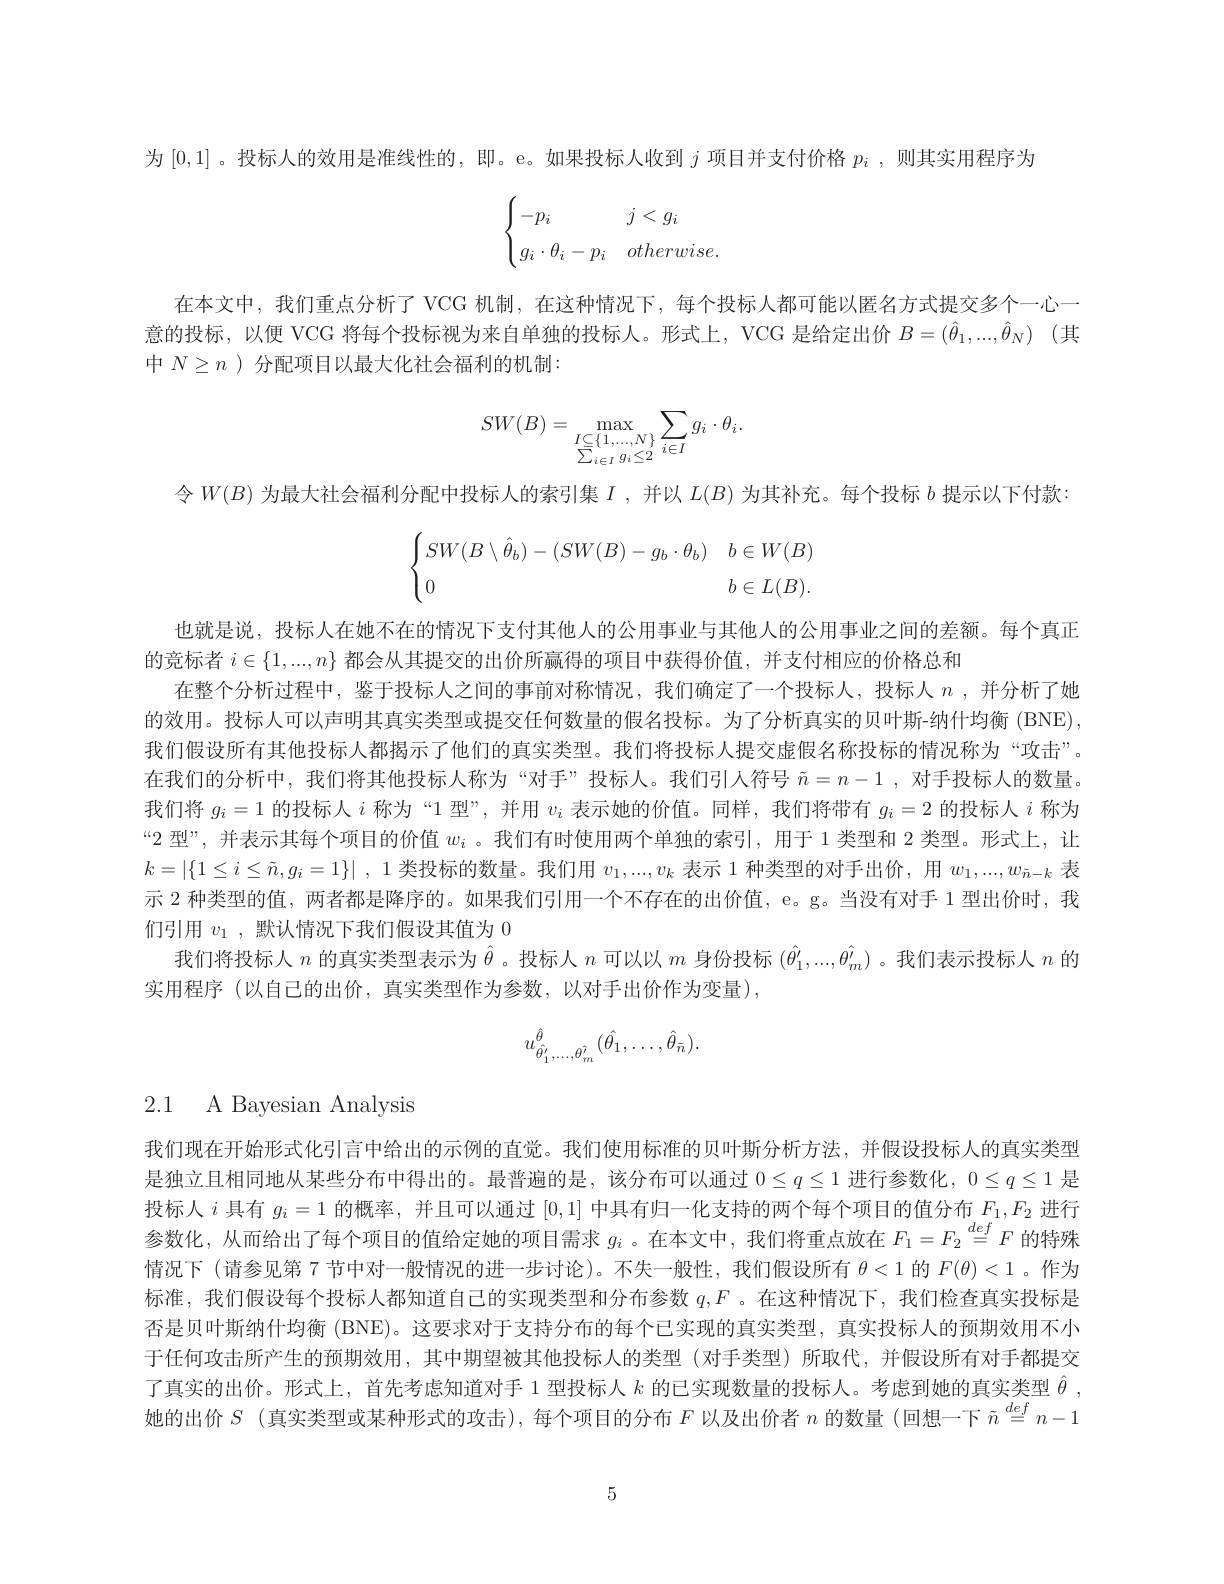
为[0,1] 。投标人的效用是准线性的，即。e。如果投标人收到$j$项目并支付价格$p_i$ , 则其实用程序为
$$\begin{cases}-p_i&j<g_i\\[2ex]g_i\cdot\theta_i-p_i&otherwise.\end{cases}$$
在本文中，我们重点分析了 VCG 机制，在这种情况下，每个投标人都可能以匿名方式提交多个一心一意的投标，以便 VCG 将每个投标视为来自单独的投标人。形式上，VCG 是给定出价 $B= ( \hat{\theta } _1, . . . , \hat{\theta } _N)$ (其中$N\geq n$ )分配项目以最大化社会福利的机制：
$$SW(B)=\max_{\substack{I\subseteq\{1,\ldots,N\}\\\sum_{i\in I}g_i\leq2}}\sum_{i\in I}g_i\cdot\theta_i.$$
令$W(B)$为最大社会福利分配中投标人的索引集$I$ ,并以$L(B)$为其补充。每个投标$b$提示以下付款
$$\begin{cases}SW(B\setminus\hat\theta_b)-(SW(B)-g_b\cdot\theta_b)&b\in W(B)\\0&b\in L(B).\end{cases}$$
也就是说，投标人在她不在的情况下支付其他人的公用事业与其他人的公用事业之间的差额。每个真正
的竞标者$i\in\{1,...,n\}$都会从其提交的出价所赢得的项目中获得价值，并支付相应的价格总和
在整个分析过程中，鉴于投标人之间的事前对称情况，我们确定了一个投标人，投标人$n$,并分析了她的效用。投标人可以声明其真实类型或提交任何数量的假名投标。为了分析真实的贝叶斯-纳什均衡 (BNE), 我们假设所有其他投标人都揭示了他们的真实类型。我们将投标人提交虚假名称投标的情况称为“攻击”。在我们的分析中，我们将其他投标人称为“对手”投标人。我们引人符号$\tilde{n} = n- 1$ , 对手投标人的数量。我们将$g_i=1$的投标人$i$称为“1 型”,并用$v_i$表示她的价值。同样，我们将带有$g_i=2$的投标人$i$称为“2 型”,并表示其每个项目的价值$w_i$ 。我们有时使用两个单独的索引，用于 1 类型和 2 类型。形式上，让$k= | \{ 1\leq i\leq \tilde{n} , g_i= 1\} |$ , 1类投标的数量。我们用$v_1,...,v_k$表示 1 种类型的对手出价，用$w_1,...,w_{\tilde{n}-k}$表示 2 种类型的值，两者都是降序的。如果我们引用一个不存在的出价值，e。g。当没有对手 1 型出价时，我们引用$v_1$ ,默认情况下我们假设其值为 0
我们将投标人$n$的真实类型表示为$\hat{\theta}$ 。投标人$n$可以以$m$身份投标$(\hat{\theta}_1^{\prime},...,\hat{\theta}_m^{\prime})$ 。我们表示投标人$n$的
实用程序 (以自己的出价，真实类型作为参数，以对手出价作为变量),
$$u_{\hat{\theta'}_1,\ldots,\theta_m^{\hat{\prime}}}^{\hat{\theta}}(\hat{\theta_1},\ldots,\hat{\theta}_{\tilde{n}}).$$
2.1 A Bayesian Analysis

我们现在开始形式化引言中给出的示例的直觉。我们使用标准的贝叶斯分析方法，并假设投标人的真实类型是独立且相同地从某些分布中得出的。最普遍的是，该分布可以通过$0\leq q\leq1$进行参数化，$0\leq q\leq1$是投标人$i$具有$g_i=1$的概率，并且可以通过[0,1]中具有归一化支持的两个每个项目的值分布$F_1,F_2$进行参数化，从而给出了每个项目的值给定她的项目需求$g_i$ 。在本文中，我们将重点放在$F_1=F_2\overset{def}{\operatorname*{=}}F$的特殊情况下(请参见第 7 节中对一般情况的进一步讨论)。不失一般性，我们假设所有$\theta<1$的$F(\theta)<1$ 。作为标准，我们假设每个投标人都知道自己的实现类型和分布参数$q,F$ 。在这种情况下，我们检查真实投标是否是贝叶斯纳什均衡 (BNE)。这要求对于支持分布的每个已实现的真实类型，真实投标人的预期效用不小于任何攻击所产生的预期效用，其中期望被其他投标人的类型(对手类型)所取代，并假设所有对手都提交了真实的出价。形式上，首先考虑知道对手 1 型投标人$k$的已实现数量的投标人。考虑到她的真实类型$\hat{\theta}$, 她的出价$S$ (真实类型或某种形式的攻击),每个项目的分布$F$以及出价者$n$的数量(回想一下$\tilde{n}\overset{def}{\operatorname*{=}}n-1$

5